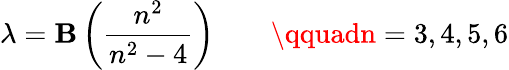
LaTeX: \lambda=\mathbf{B}\left({\frac{{n^{2}}}{{n^{2}-4}}}\right)\qquad\qquadn=3,4,5,6